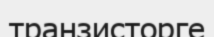
транзисторге